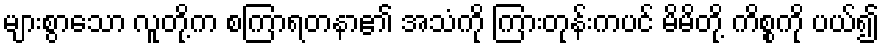
များစွာသော လူတို့က စကြာရတနာ၏ အသံကို ကြားတုန်းကပင် မိမိတို့ ကိစ္စကို ပယ်၍